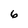
Character: 6